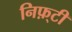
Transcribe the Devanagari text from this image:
निफ़्टी